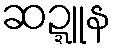
ဆဍ္ဍူန